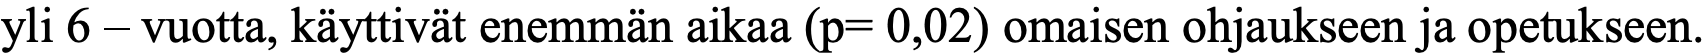
yli 6 – vuotta, käyttivät enemmän aikaa (p= 0,02) omaisen ohjaukseen ja opetukseen.